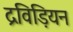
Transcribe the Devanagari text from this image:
द्रविड़ियन